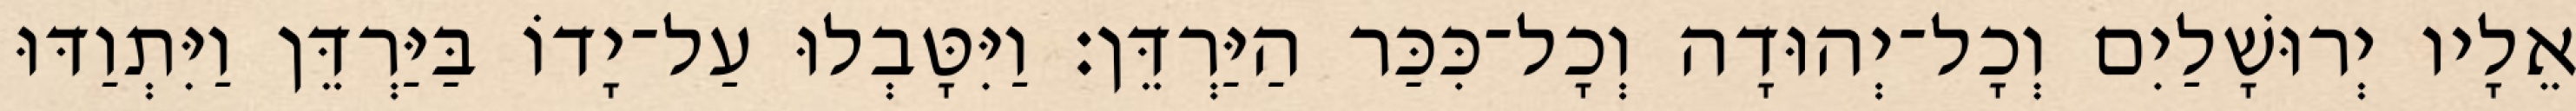
אֵלָיו יְרוּשָׁלַיִם וְכָל־יְהוּדָה וְכָל־כִּכַּר הַיַּרְדֵּן׃ וַיִּטָּבְלוּ עַל־יָדוֹ בַּיַּרְדֵּן וַיִּתְוַדּוּ